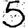
Digit: 5